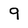
Character: 9